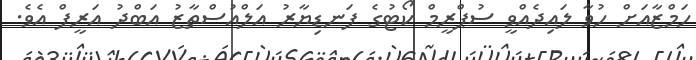
ހަމްޒާއަށް ހުވާ ލައިދެއްވީ ސުޕްރީމް ކޯޓުގެ ފަނޑިޔާރު އަލްއުސްތާޒު އަބްދު އަރީފް އެވެ.